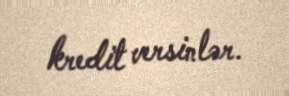
kredit versinlər.